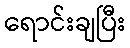
ရောင်းချပြီး